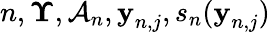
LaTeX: n,\boldsymbol{\Upsilon},\mathcal{A}_{n},\textbf{y}_{n,j},s_{n}(\textbf{y}_{n,j})